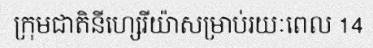
ក្រុមជាតិនីហ្សេរីយ៉ាសម្រាប់រយៈពេល 14